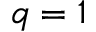
q = 1